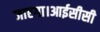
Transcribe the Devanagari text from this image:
जाएगा।आईसीसी